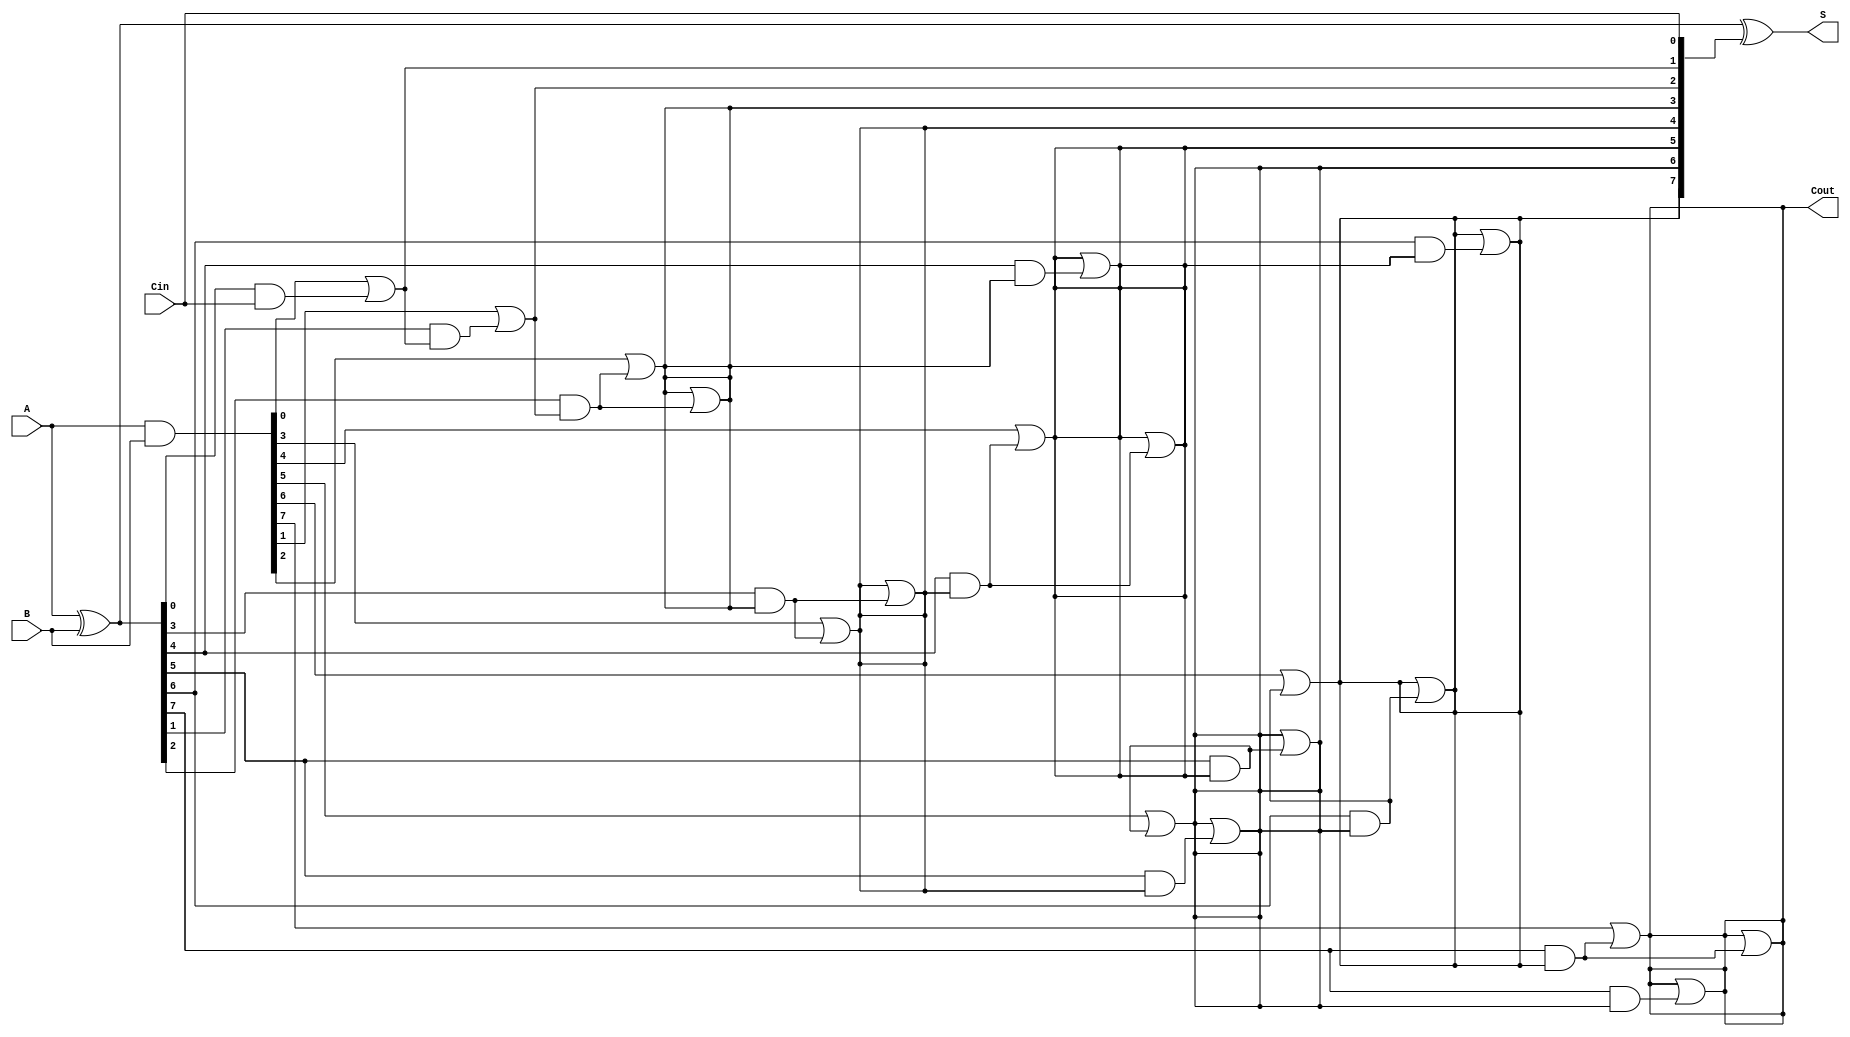
module KoggeStoneAdder #(parameter N = 8) (
    input  [N-1:0] A,      // First n-bit input
    input  [N-1:0] B,      // Second n-bit input
    input         Cin,      // Carry-in
    output [N-1:0] S,      // Sum output
    output         Cout      // Carry-out
);

    // Generate and Propagate signals
    wire [N-1:0] G;  // Generate signals
    wire [N-1:0] P;  // Propagate signals
    wire [N:0] C;    // Carry signals (C[0] is Cin)

    // Generate and Propagate logic
    assign G = A & B;         // Generate
    assign P = A ^ B;         // Propagate
    assign C[0] = Cin;        // Carry-in

    // Kogge-Stone Prefix Network
    genvar i, k;
    generate
        // Stage 1
        for (i = 0; i < N; i = i + 1) begin
            if (i == 0) begin
                assign C[i + 1] = G[i] | (P[i] & C[i]);
            end else begin
                assign C[i + 1] = G[i] | (P[i] & C[i]);
            end
        end

        // Additional stages (log2(N) - 1 stages)
        for (k = 1; k < $clog2(N); k = k + 1) begin : stages
            for (i = 0; i < N; i = i + 1) begin
                if (i >= (1 << k)) begin
                    assign C[i + 1] = C[i + 1] | (P[i] & C[i - (1 << (k - 1)) + 1]);
                end
            end
        end
    endgenerate

    // Sum calculation
    assign S = P ^ C[N-1:0]; // Sum bits
    assign Cout = C[N];      // Final carry-out

endmodule